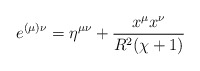
\begin{align*}e^{(\mu) \nu}=\eta ^{\mu \nu}+\frac{x^{\mu}x^{\nu}}{R^{2}(\chi +1)}\end{align*}